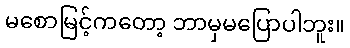
မစောမြင့်ကတော့ ဘာမှမပြောပါဘူး။